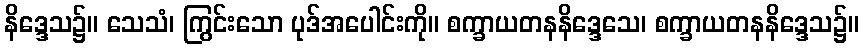
နိဒ္ဒေသ၌။ သေသံ၊ ကြွင်းသော ပုဒ်အပေါင်းကို။ စက္ခာယတနနိဒ္ဒေသေ၊ စက္ခာယတနနိဒ္ဒေသ၌။